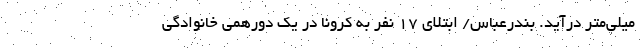
میلی‌متر درآید. بندرعباس/ ابتلای ۱۷ نفر به کرونا در یک دورهمی خانوادگی